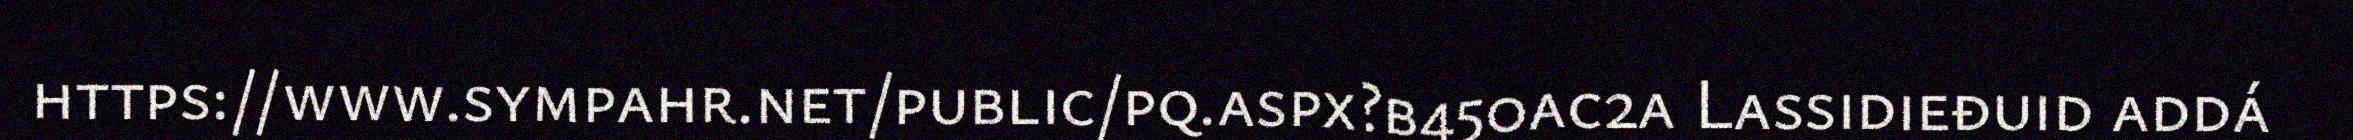
https://www.sympahr.net/public/pq.aspx?b450ac2a Lassidieđuid addá